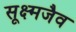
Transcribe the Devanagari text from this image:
सूक्ष्मजैव